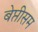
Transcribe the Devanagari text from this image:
बेप्तीसम